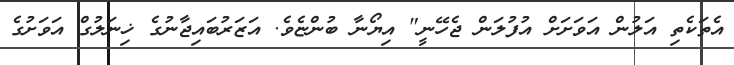
އެތަކެތި އަލުން އަވަށަށް އުފުލަން ޖެހޭނީ" އިޔޯނާ ބުންޏެވެ. އަޒަރުބައިޖާނުގެ ޚިނަލުގް އަވަށުގެ